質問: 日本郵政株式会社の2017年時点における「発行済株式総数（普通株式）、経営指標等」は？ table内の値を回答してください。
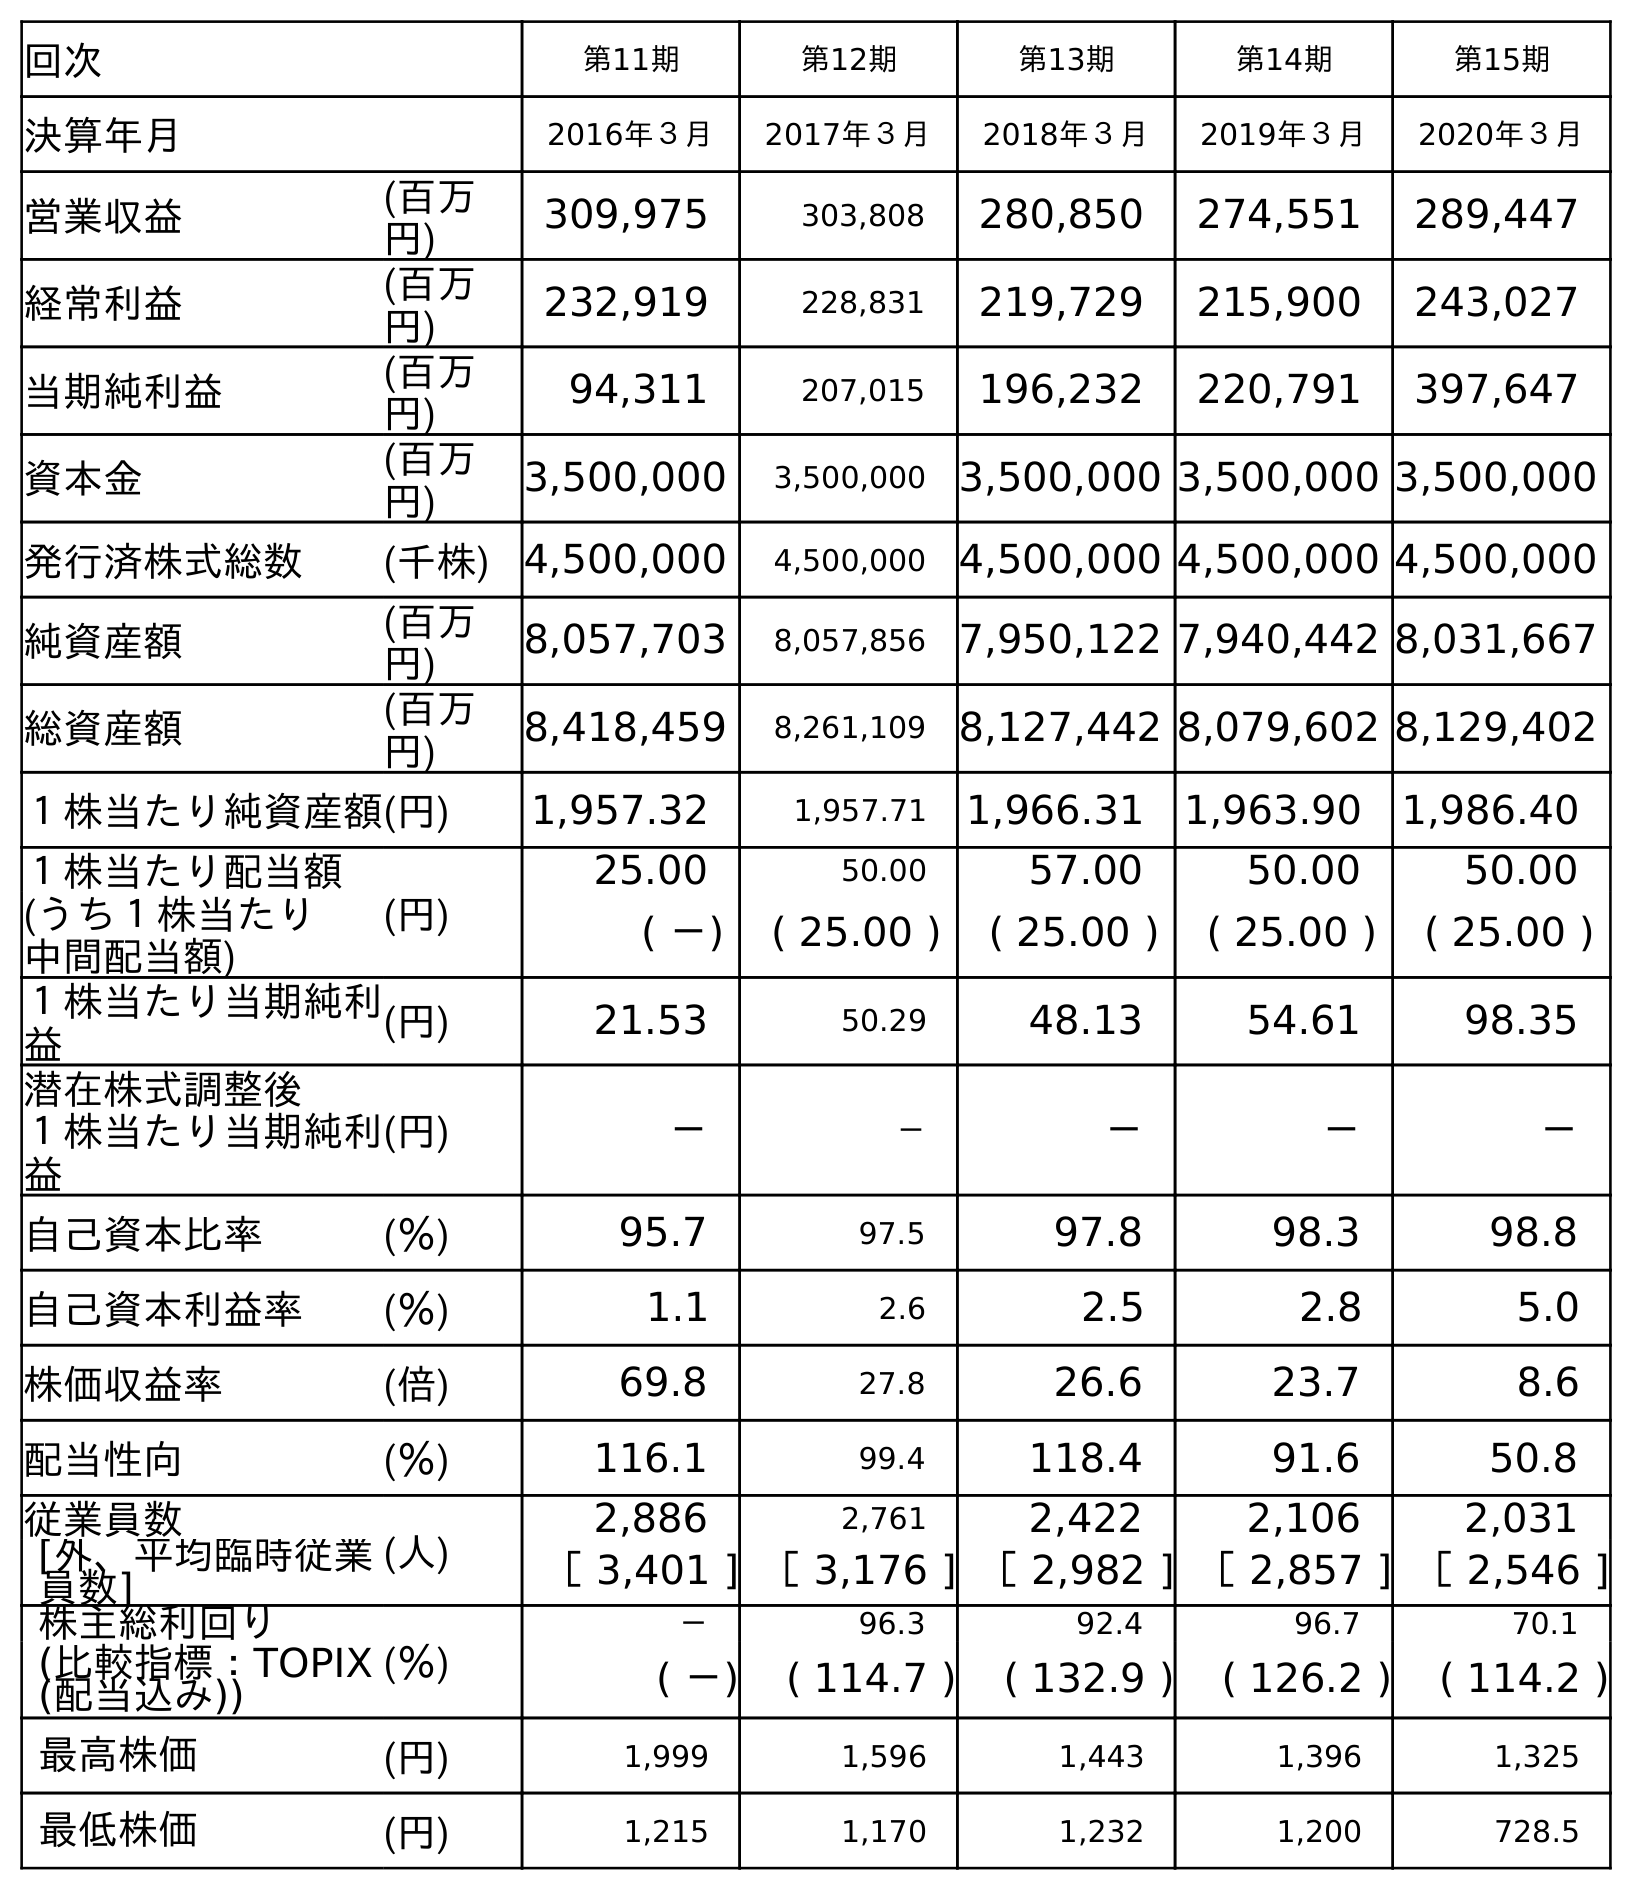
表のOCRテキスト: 回次 第11期 第12期 第13期 第14期 第15期 決算年月 2016年３月 2017年３月 2018年３月 2019年３月 2020年３月 営業収益 (百万 円) 309,975 303,808 280,850 274,551 289,447 経常利益 (百万 円) 232,919 228,831 219,729 215,900 243,027 当期純利益 (百万 円) 94,311 207,015 196,232 220,791 397,647 資本金 (百万 円) 3,500,000 3,500,000 3,500,000 3,500,000 3,500,000 発行済株式総数 (千株) 4,500,000 4,500,000 4,500,000 4,500,000 4,500,000 純資産額 (百万 円) 8,057,703 8,057,856 7,950,122 7,940,442 8,031,667 総資産額 (百万 円) 8,418,459 8,261,109 8,127,442 8,079,602 8,129,402 １株当たり純資産額(円) 1,957.32 1,957.71 1,966.31 1,963.90 1,986.40 １株当たり配当額 (円) 25.00 50.00 57.00 50.00 50.00 (うち１株当たり 中間配当額) ( －) ( 25.00 ) ( 25.00 ) ( 25.00 ) ( 25.00 ) １株当たり当期純利 益 (円) 21.53 50.29 48.13 54.61 98.35 潜在株式調整後 １株当たり当期純利 益 (円) － － － － － 自己資本比率 (％) 95.7 97.5 97.8 98.3 98.8 自己資本利益率 (％) 1.1 2.6 2.5 2.8 5.0 株価収益率 (倍) 69.8 27.8 26.6 23.7 8.6 配当性向 (％) 116.1 99.4 118.4 91.6 50.8 従業員数 (人) 2,886 2,761 2,422 2,106 2,031 [外、平均臨時従業 員数] ［ 3,401 ] ［ 3,176 ] ［ 2,982 ] ［ 2,857 ] ［ 2,546 ] 株主総利回り (％) － 96.3 92.4 96.7 70.1 (比較指標：TOPIX (配当込み)) ( －) ( 114.7 ) ( 132.9 ) ( 126.2 ) ( 114.2 ) 最高株価 (円) 1,999 1,596 1,443 1,396 1,325 最低株価 (円) 1,215 1,170 1,232 1,200 728.5
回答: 4,500,000